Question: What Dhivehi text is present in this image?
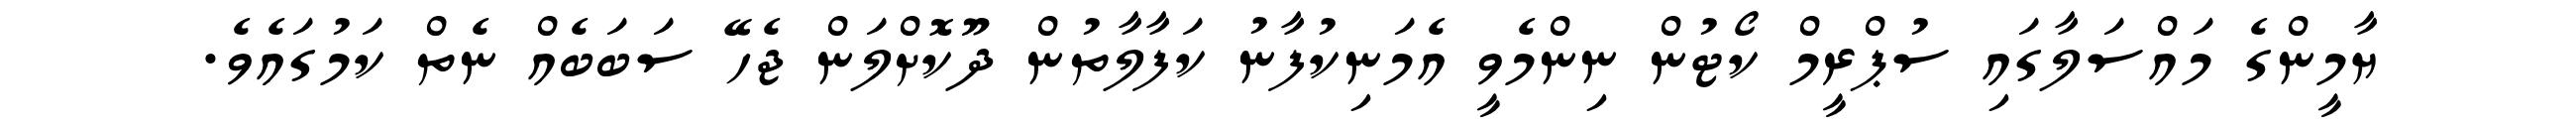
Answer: ޔާމީންގެ މައްސަލާގައި ސުޕްރީމް ކޯޓުން ނިންމެވީ އެމަނިކުފާނު ކަފާލާތުން ދޫކޮށްލަން ޖެހޭ ސަބަބެއް ނެތް ކަމުގައެވެ.